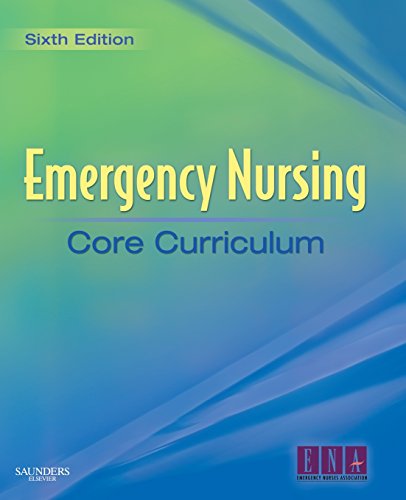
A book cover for Emergency Nursing Core Curriculum; Medical Books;